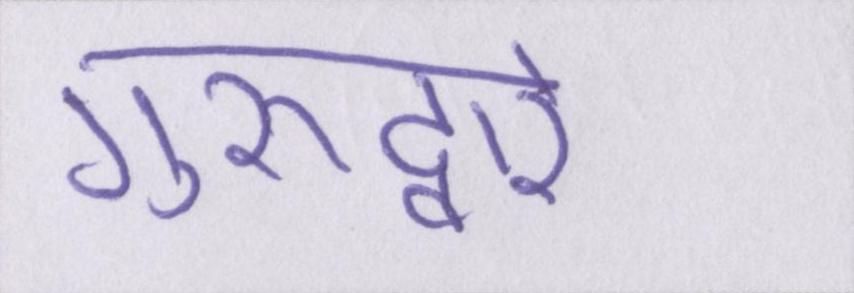
गुरूद्वारे